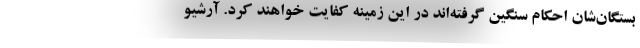
بستگان‌شان احکام سنگین گرفته‌اند در این زمینه کفایت خواهند کرد. آرشیو